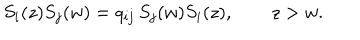
S _ { i } ( z ) S _ { j } ( w ) = q _ { i j } \, S _ { j } ( w ) S _ { i } ( z ) , \qquad z > w .